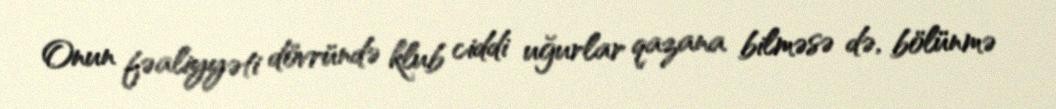
Onun fəaliyyəti dövründə klub ciddi uğurlar qazana bilməsə də, bölünmə